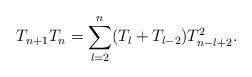
LaTeX: \begin{align*}T_{n+1}T_n=\sum_{l=2}^n(T_l+T_{l-2})T_{n-l+2}^2. \end{align*}